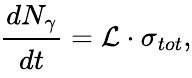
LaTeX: \cfrac{dN_{\gamma}}{dt}=\mathcal{L}\cdot\sigma_{tot},